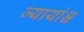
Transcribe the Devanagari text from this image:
ज्यायांश्च